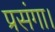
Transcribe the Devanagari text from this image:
प्रसंगा।